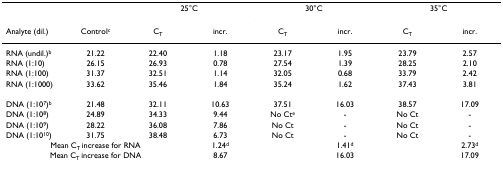
|  |  | <COLSPAN=2> 25°C | <COLSPAN=2> 30°C | <COLSPAN=2> 35°C |
 | Analyte (dil.) | Controlc | CT | incr. | CT | incr. | CT | incr. |
 | --- | --- | --- | --- | --- | --- | --- | --- |
 | RNA (undil.)b | 21.22 | 22.40 | 1.18 | 23.17 | 1.95 | 23.79 | 2.57 |
 | RNA (1:10) | 26.15 | 26.93 | 0.78 | 27.54 | 1.39 | 28.25 | 2.10 |
 | RNA (1:100) | 31.37 | 32.51 | 1.14 | 32.05 | 0.68 | 33.79 | 2.42 |
 | RNA (1:1000) | 33.62 | 35.46 | 1.84 | 35.24 | 1.62 | 37.43 | 3.81 |
 | DNA (1:107)b | 21.48 | 32.11 | 10.63 | 37.51 | 16.03 | 38.57 | 17.09 |
 | DNA (1:108) | 24.89 | 34.33 | 9.44 | No Cte | - | No Ct | - |
 | DNA (1:109) | 28.22 | 36.08 | 7.86 | No Ct | - | No Ct | - |
 | DNA (1:1010) | 31.75 | 38.48 | 6.73 | No Ct | - | No Ct | - |
 | <COLSPAN=3> Mean CT increase for RNA | 1.24d |  | 1.41d |  | 2.73d |
 | <COLSPAN=3> Mean CT increase for DNA | 8.67 |  | 16.03 |  | 17.09 |